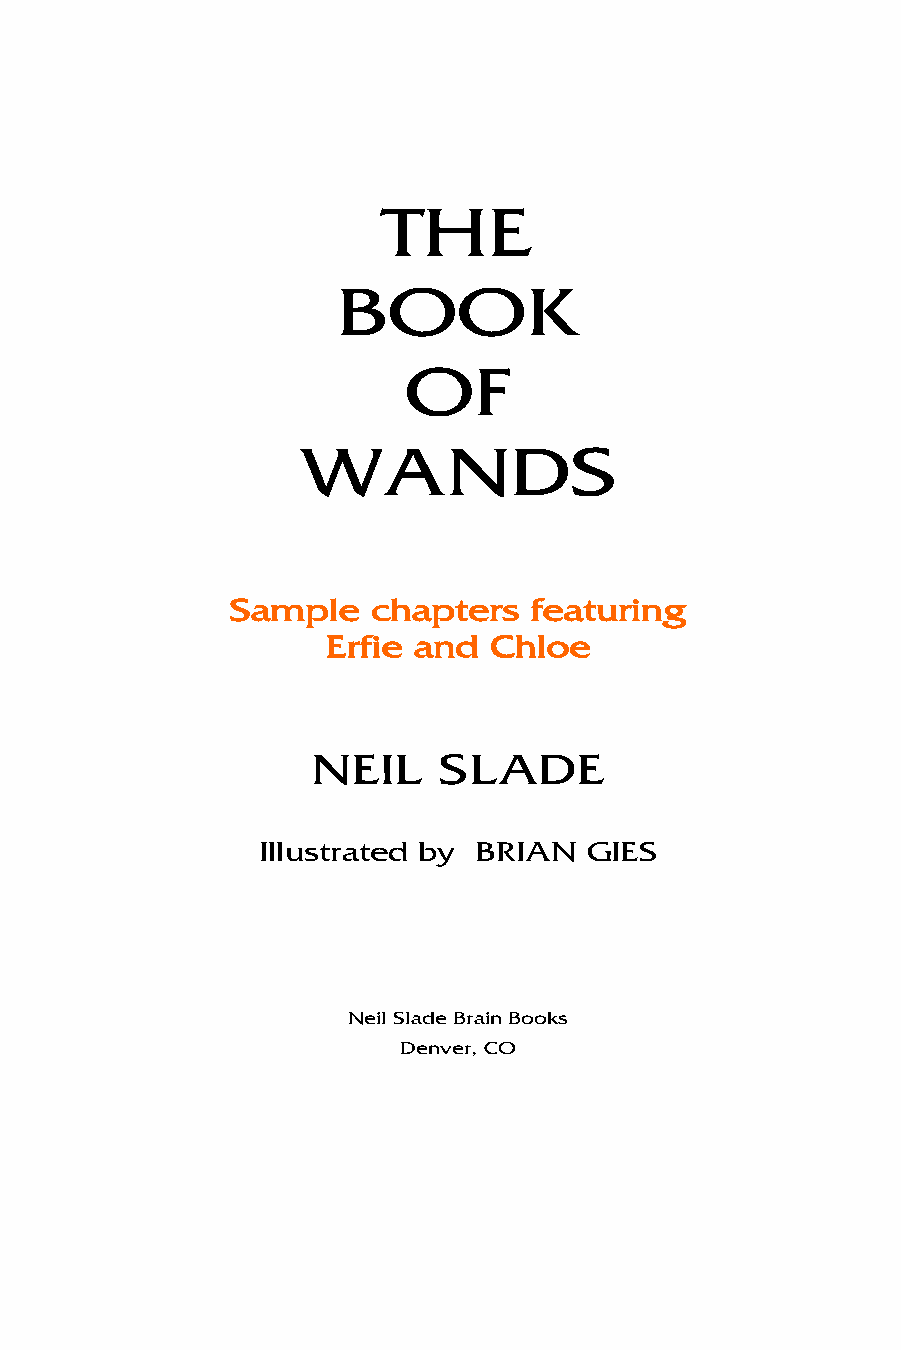
THE
 BOOK
 OF
 WANDS
 Sample    chapters  featuring
 Erfie and Chloe
 NEIL    SLADE
 Illustrated by BRIAN  GIES
 Neil Slade Brain Books
 Denver, CO